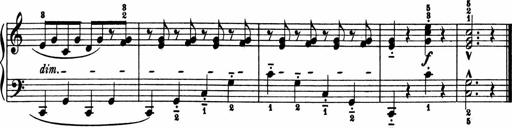
Title: 2 Sonatinen
Composer: Lambertus Adrianus van Tetterode